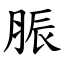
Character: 脤